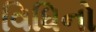
વિધિનો